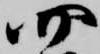
四